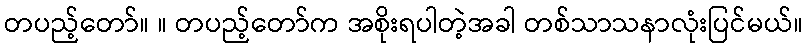
တပည့်တော်။ ။ တပည့်တော်က အစိုးရပါတဲ့အခါ တစ်သာသနာလုံးပြင်မယ်။